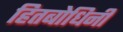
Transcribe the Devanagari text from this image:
हितबोधिनी